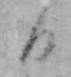
日